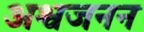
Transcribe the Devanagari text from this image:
अश्वजनन